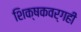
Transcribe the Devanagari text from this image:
शिक्षकवर्गही